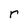
Character: r